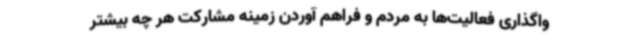
وا‌گذاری فعالیت‌ها به مردم و فراهم آوردن زمینه مشارکت هر چه بیشتر